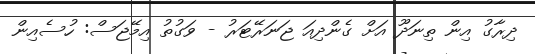
ދިރާގު އިން ތިނަދޫ އަށް ގެންދިއަ ޖަނަރޭޓަރު - ވަގުތު އިމޭޖަސް: ހުސެއިން